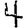
Digit: 4